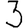
Digit: 3